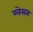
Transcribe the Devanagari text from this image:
ग्लेसस